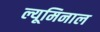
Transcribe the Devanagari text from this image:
ल्यूमिनाल